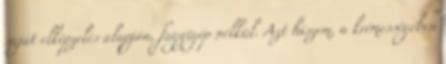
saját elképzelés alapján, fagyigép nélkül. Azt hiszem, a krémességében